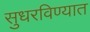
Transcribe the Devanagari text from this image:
सुधरविण्यात